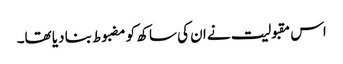
اس مقبولیت نے ان کی ساکھ کو مضبوط بنا دیا تھا۔